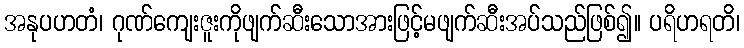
အနုပဟတံ၊ ဂုဏ်ကျေးဇူးကိုဖျက်ဆီးသောအားဖြင့်မဖျက်ဆီးအပ်သည်ဖြစ်၍။ ပရိဟရတိ၊